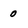
Character: 0